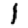
Digit: 1